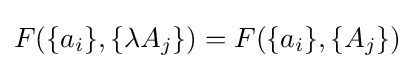
F(\{a_{i}\},\{\lambda A_{j}\})=F(\{a_{i}\},\{A_{j}\})